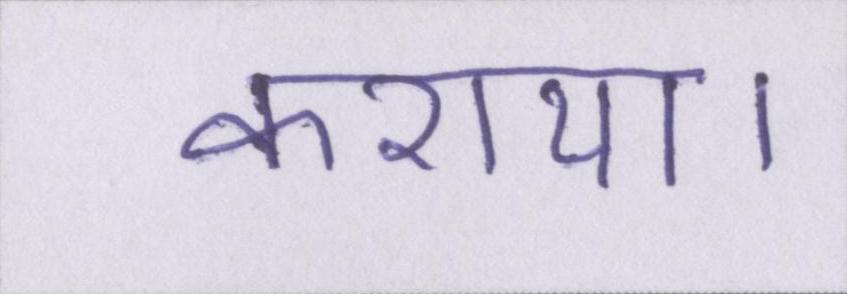
कराया।